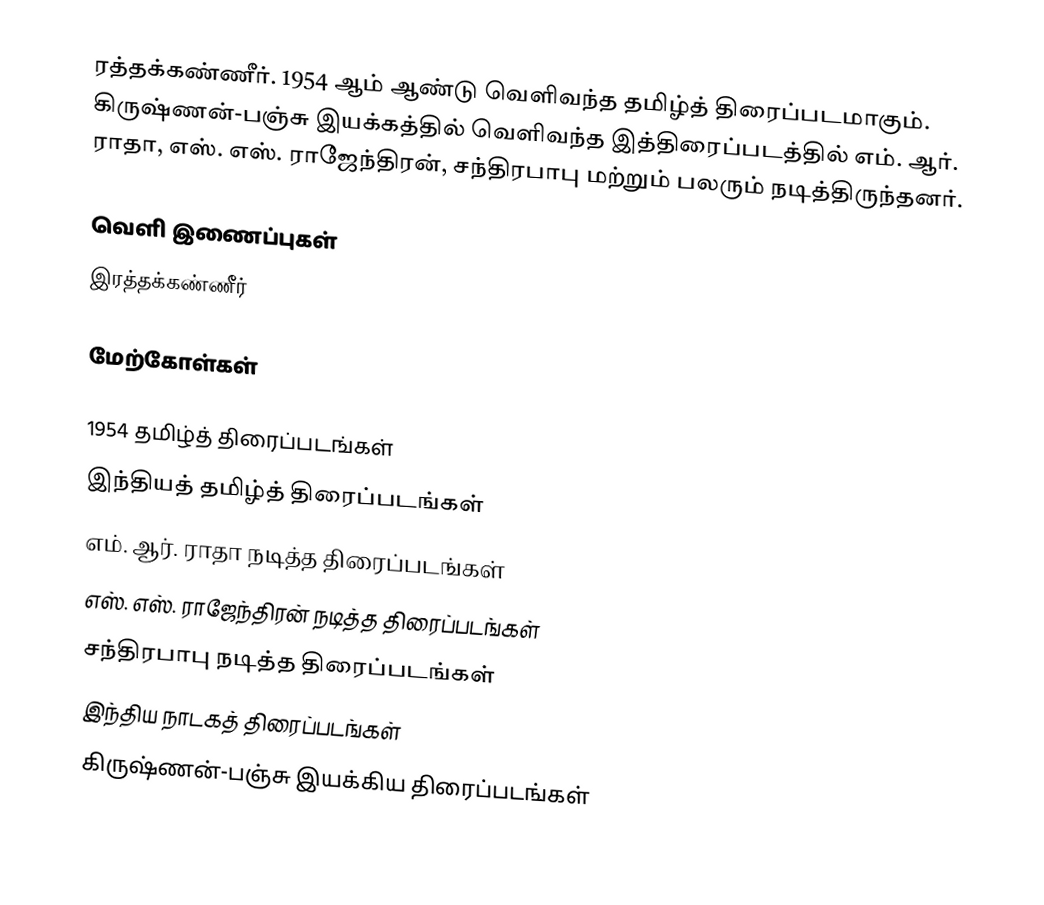
ரத்தக்கண்ணீர். 1954 ஆம் ஆண்டு வெளிவந்த தமிழ்த் திரைப்படமாகும். கிருஷ்ணன்-பஞ்சு இயக்கத்தில் வெளிவந்த இத்திரைப்படத்தில் எம். ஆர். ராதா, எஸ். எஸ். ராஜேந்திரன், சந்திரபாபு மற்றும் பலரும் நடித்திருந்தனர்.

வெளி இணைப்புகள்
 இரத்தக்கண்ணீர்

மேற்கோள்கள்

1954 தமிழ்த் திரைப்படங்கள்
இந்தியத் தமிழ்த் திரைப்படங்கள்
எம். ஆர். ராதா நடித்த திரைப்படங்கள்
எஸ். எஸ். ராஜேந்திரன் நடித்த திரைப்படங்கள்
சந்திரபாபு நடித்த திரைப்படங்கள்
இந்திய நாடகத் திரைப்படங்கள்
கிருஷ்ணன்-பஞ்சு இயக்கிய திரைப்படங்கள்